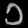
Digit: ၁